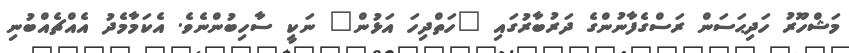
މަޝްހޫރު ހަދިޙަސަން ރަސްގެފާނުންގެ ދަރުބާރުގައި "ހަތްދިހަ އަޅުން" ނަކީ ސާހިބުންނެވެ. އެކަމާމެދު އެއްޗެއްބުނި